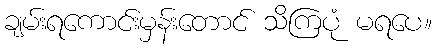
ချမ်းရကောင်းမှန်းတောင် သိကြပုံ မရပေ။